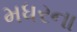
મધરના